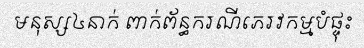
មនុស្ស៤នាក់ ពាក់ព័ន្ធករណីភេរវកម្មបំផ្ទុះ